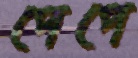
পেপে